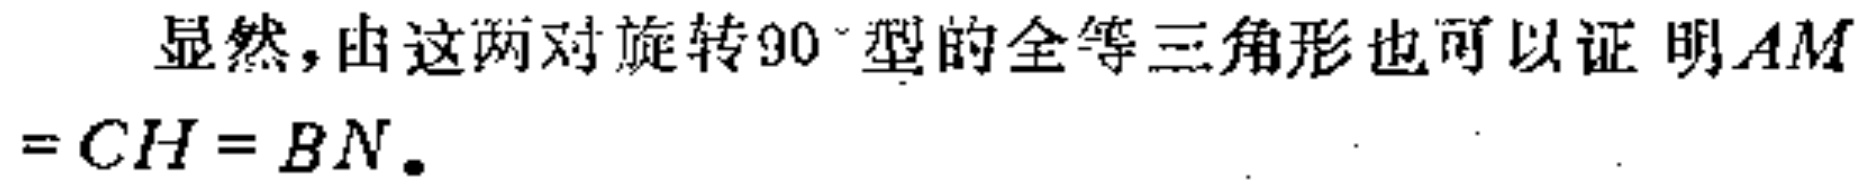
显然，由这两对旋转$90^{\circ}$型的全等三角形也可以证明$AM = CH = BN.$